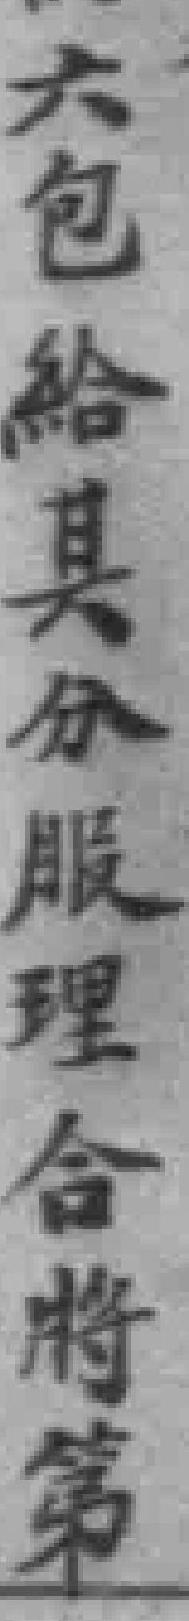
六包給具分服理合將第